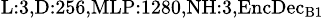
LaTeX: _{\textrm{L}:3,\textrm{D}:256,\textrm{MLP}:1280,\textrm{NH}:3,\textrm{EncDec}_{\textrm{B}1}}